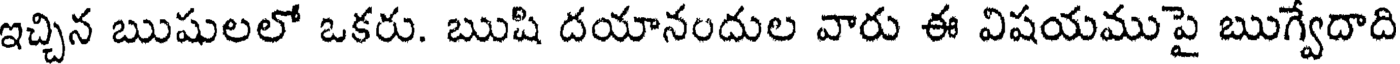
ఇచ్చిన ఋషులలో ఒకరు. ఋషి దయానందుల వారు ఈ విషయముపై ఋగ్వేదాది